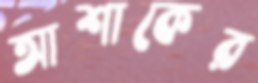
আশাকের